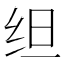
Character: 𬘜